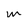
Character: m